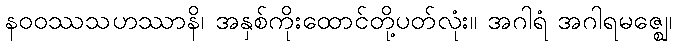
နဝဝဿသဟဿာနိ၊ အနှစ်ကိုးထောင်တို့ပတ်လုံး။ အဂါရံ အဂါရမဇ္ဈေ၊